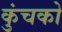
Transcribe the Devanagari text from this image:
कुंचको